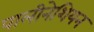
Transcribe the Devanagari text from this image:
पालीनेशियन